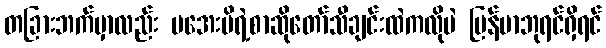
တခြားဘက်မှာလည်း မအေးမိရဲ့စာဆိုတော်သီချင်းထဲကလိုပဲ မြန်မာဘုရင်ရှိရင်